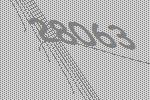
28063